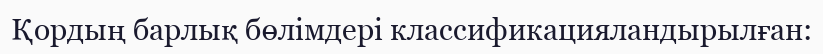
Қордың барлық бөлімдері классификацияландырылған: